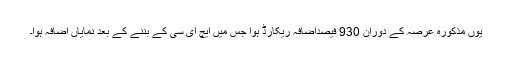
یوں مذکورہ عرصہ کے دوران 930 فیصداضافہ ریکارڈ ہوا جس میں ایچ ای سی کے بننے کے بعد نمایاں اضافہ ہوا۔